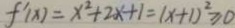
f ^ { \prime } ( x ) = x ^ { 2 } + 2 x + 1 = ( x + 1 ) ^ { 2 } \geq 0